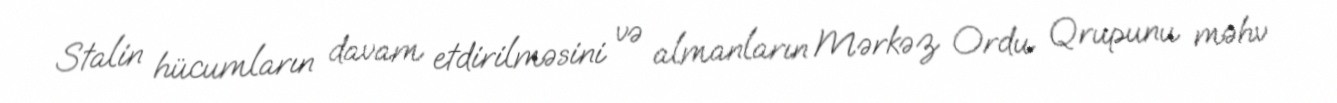
Stalin hücumların davam etdirilməsini və almanların Mərkəz Ordu Qrupunu məhv